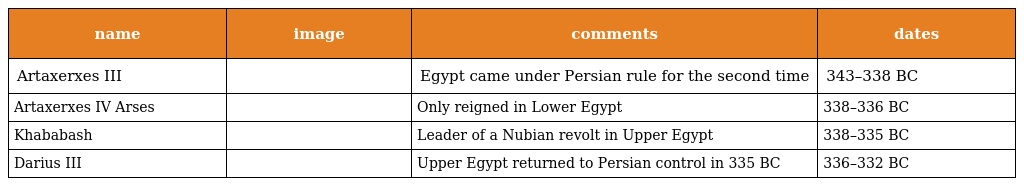
| name | image | comments | dates |
 | --- | --- | --- | --- |
 | Artaxerxes III |  | Egypt came under Persian rule for the second time | 343–338 BC |
 | Artaxerxes IV Arses |  | Only reigned in Lower Egypt | 338–336 BC |
 | Khababash |  | Leader of a Nubian revolt in Upper Egypt | 338–335 BC |
 | Darius III |  | Upper Egypt returned to Persian control in 335 BC | 336–332 BC |